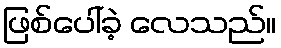
ဖြစ်ပေါ်ခဲ့ လေသည်။